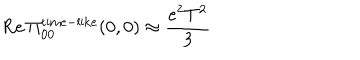
\mathrm { R e } \, \Pi _ { 0 0 } ^ { \mathrm { t i m e } - \mathrm { l i k e } } ( 0 , 0 ) \approx { \frac { e ^ { 2 } T ^ { 2 } } { 3 } }